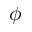
\phi